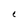
Character: C